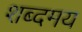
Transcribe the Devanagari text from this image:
शब्दमय